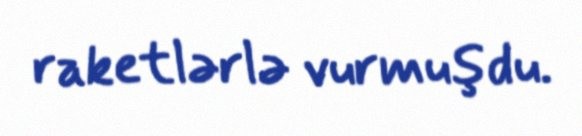
raketlərlə vurmuşdu.